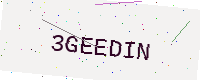
Text: 3GEEDIN